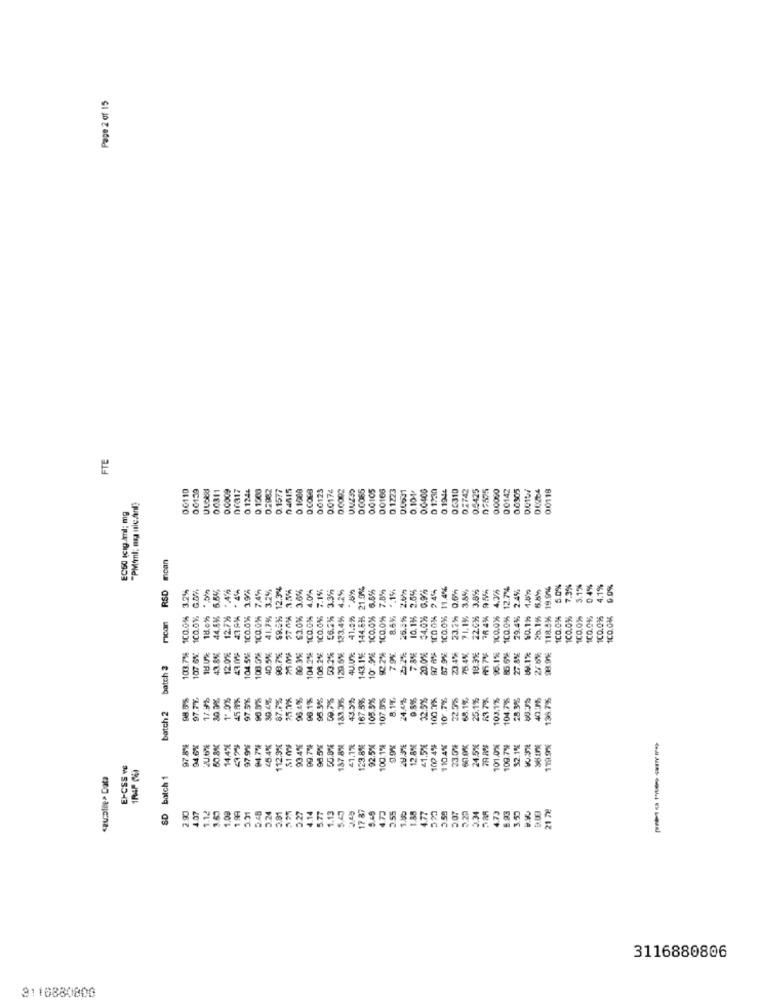
Page 2 of 15
FTE
00110
001:33
0.0311
0.0009
DE317
0.1244
0.1368
0.2982
0.1080
0.0123
0.0174
0.0002
0.0085
0.0105
00166
0.1223
0.0400
D 1230
0.1944
06310
0.2742
0.4425
07575
0.0000
0.0142
0.0505
00118
0.101
EC50 (cig ml; mg
"PM'inl; ma nicAnl;
moan
4.1%
RSD
100.0% 3.974
100.0% 7.4%
41.7% 3.2%
$8.235 12.3%
£3.0% 3.66%
100.016 4.054
100.0%% 7.1%
56.2% 3.3%
41.5% -89
144.695 21.0%
100.0% 6.5%
100.0% 7.8%
34.0%% 0.9%
100.0% 11.4%
23.2% 0.69
71.1% 3.5%
22.0%5 3.8
100.0%% 4.3/h
100.0% 12.7%
29.4% 2.4%
$0.1% 1.8%
25. 15 5.89
19.906
5.0%
7,3%
0.4%
0.0%
44,8%. 5.54
123.4% 4.2%
8.6%. *. 15
2.5%
rican
100.0%
18.0%
12.7%%
26.57%
10.1%
78 4%
118.8%
100.0%
100.0%
100.0%%
100.0%.
100.0%%
100.0%
18.U%
108.242
7.8%
20.0%
18.3%
5.6%
27.6%
103.7%
107.6%
43.8%
12.0%
104 5%
129.5%
10 .9%
7.9%
87.9
3.4%
75.45
27.89
98.9%
batch 2
8985
8888
119%
30.3%
1.0%
97.5%
30.4%
87.7%
96.4%
96.1%
95.5%
43.5%
167.5%
105.5%
107.0%
8.1%
24,4%
9.8%
32.5%
100.7%
10.7%
223h
68.1%
25.1%
817%
103.1%
104.7%
135,7%
batch 2
97.8%
80.8%
14.4%
97.9%
112.9%
51 0%
3.4%
99.7%
98.5%
187.8%
£1.1%
123.8%
100.1%
2.8%
=1.5%
100 4%
110.4%
23.0%
24.5%
101.0%
109.7%
119.9%
EI-CSS WE
1R4P POI
czucalle> Data
SD batch 1
1.09
199
3.31
3.81
3.27
4.14
3.77
1.13
5.49
17 87
5.49
4.73
3.55
1.150
4.77
320
3.59
207
3.34
4.73
6.93
3.50
21 78
2.90
4.07
1.12
5.4
1.88
3116880806
3118880800